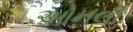
ઓનલી